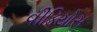
વીડિયોસ